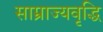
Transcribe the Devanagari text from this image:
साम्राज्यवृद्धि